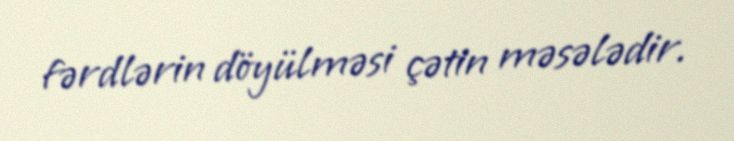
fərdlərin döyülməsi çətin məsələdir.